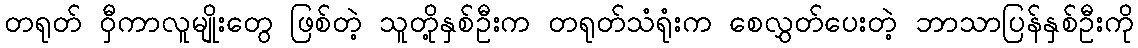
တရုတ် ဝှီကာလူမျိုးတွေ ဖြစ်တဲ့ သူတို့နှစ်ဦးက တရုတ်သံရုံးက စေလွှတ်ပေးတဲ့ ဘာသာပြန်နှစ်ဦးကို